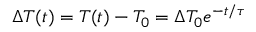
\Delta T ( t ) = T ( t ) - T _ { 0 } = \Delta T _ { 0 } e ^ { - t / \tau }